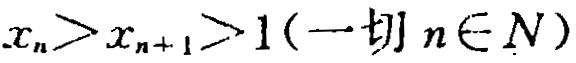
\(x_{n}>x_{n + 1}>1(\text{一切 }n\in N)\)